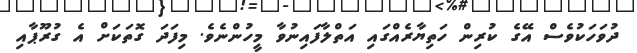
ދުވަހަކުވެސް އޭގެ ކުރިން ހަތިޔާރެއްގައި އަތްލާފައިނުވާ މީހުންނެވެ. މިފަދަ ގޮތަކަށް އެ ގުރޫޕާއި